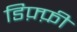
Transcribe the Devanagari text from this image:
डिफ़्फ़ी